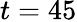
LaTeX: t=45